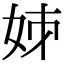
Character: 𡛷